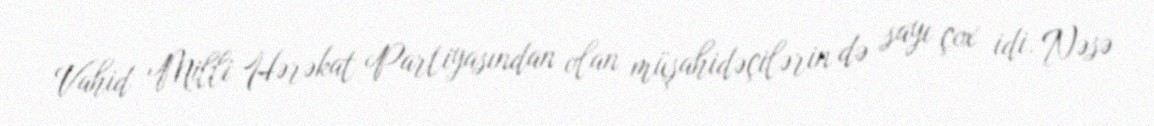
Vahid Milli Hərəkat Partiyasından olan müşahidəçilərin də sayı çox idi. Nəsə